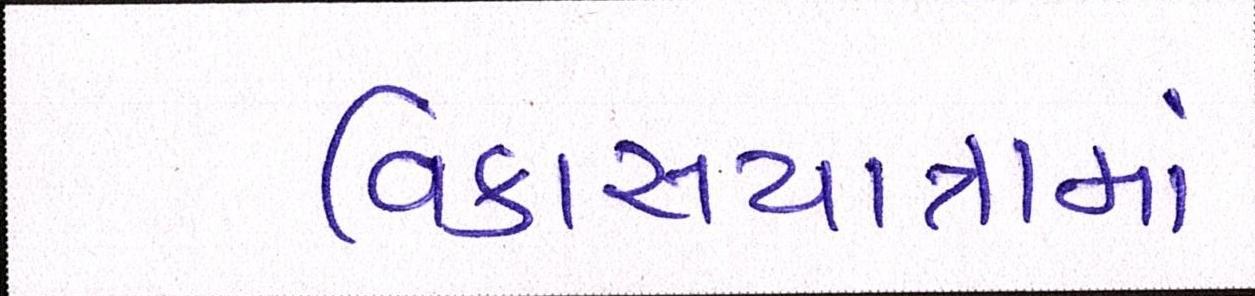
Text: વિકાસયાત્રામાં